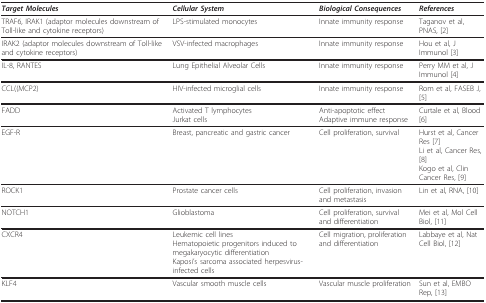
| Target Molecules | Cellular System | Biological Consequences | References |
 | --- | --- | --- | --- |
 | TRAF6, IRAK1 (adaptor molecules downstream of Toll-like and cytokine receptors) | LPS-stimulated monocytes | Innate immunity response | Taganov et al, PNAS, [2] |
 | IRAK2 (adaptor molecules downstream of Toll-like and cytokine receptors) | VSV-infected macrophages | Innate immunity response | Hou et al, J Immunol [3] |
 | IL-8, RANTES | Lung Epithelial Alveolar Cells | Innate immunity response | Perry MM et al, J Immunol [4] |
 | CCL((MCP2) | HIV-infected microglial cells | Innate immunity response | Rom et al, FASEB J, [5] |
 | FADD | Activated T lymphocytesJurkat cells | Anti-apoptotic effectAdaptive immune response | Curtale et al, Blood [6] |
 | EGF-R | Breast, pancreatic and gastric cancer | Cell proliferation, survival | Hurst et al, Cancer Res [7]Li et al, Cancer Res, [8]Kogo et al, Clin Cancer Res, [9] |
 | ROCK1 | Prostate cancer cells | Cell proliferation, invasion and metastasis | Lin et al, RNA, [10] |
 | NOTCH1 | Glioblastoma | Cell proliferation, survival and differentiation | Mei et al, Mol Cell Biol, [11] |
 | CXCR4 | Leukemic cell linesHematopoietic progenitors induced to megakaryocytic differentiationKaposi's sarcoma associated herpesvirus-infected cells | Cell migration, proliferation and differentiation | Labbaye et al, Nat Cell Biol, [12] |
 | KLF4 | Vascular smooth muscle cells | Vascular muscle proliferation | Sun et al, EMBO Rep, [13] |